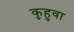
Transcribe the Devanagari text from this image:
कुहुवा